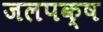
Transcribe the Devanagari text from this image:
जलपक्ष